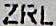
ZRL